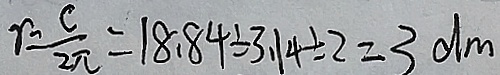
r = \frac { c } { 2 \pi } = 1 8 . 8 4 \div 3 . 1 4 \div 2 = 3 d m